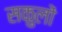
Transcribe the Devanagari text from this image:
सकुलों